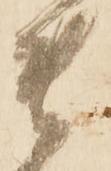
貴